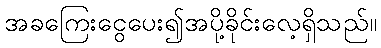
အခကြေးငွေပေး၍အပို့ခိုင်းလေ့ရှိသည်။